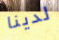
لدينا